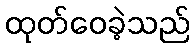
ထုတ်ဝေခဲ့သည်